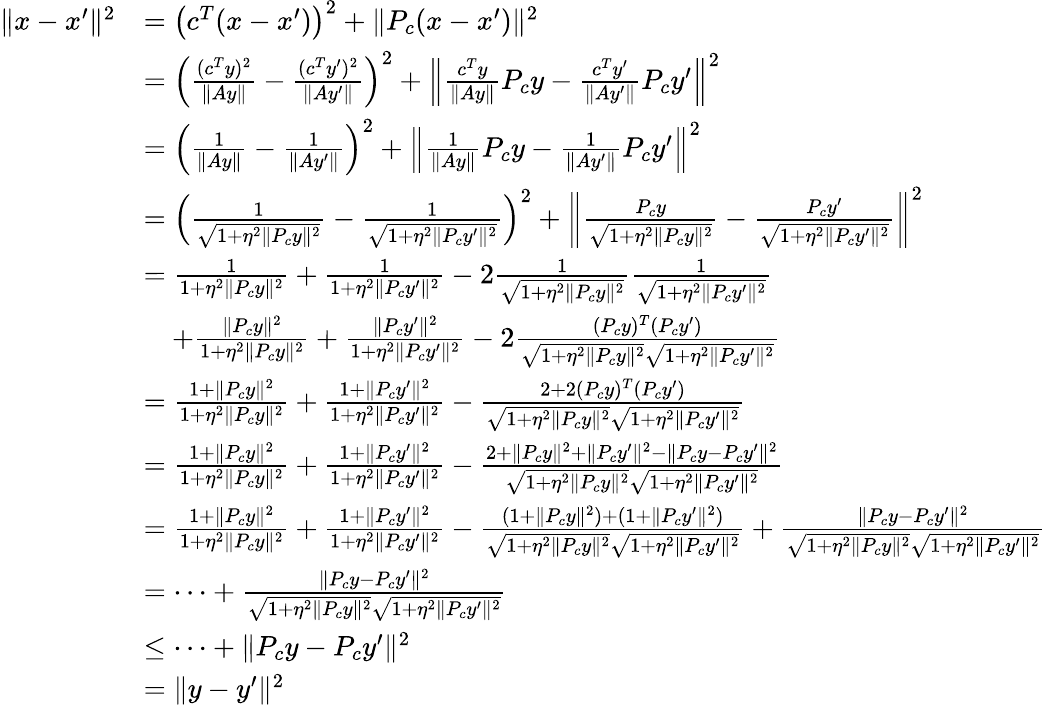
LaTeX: \begin{array}{rl}{\| x-x^{\prime}\| ^{2}}&{=\left(c^{T}(x-x^{\prime})\right)^{2}+\| P_{c}(x-x^{\prime})\| ^{2}}\\ &{=\left(\frac{(c^{T}y)^{2}}{\| Ay\| }-\frac{(c^{T}y^{\prime})^{2}}{\| Ay^{\prime}\| }\right)^{2}+\left\| \frac{c^{T}y}{\| Ay\| }P_{c}y-\frac{c^{T}y^{\prime}}{\| Ay^{\prime}\| }P_{c}y^{\prime}\right\| ^{2}}\\ &{=\left(\frac{1}{\| Ay\| }-\frac{1}{\| Ay^{\prime}\| }\right)^{2}+\left\| \frac{1}{\| Ay\| }P_{c}y-\frac{1}{\| Ay^{\prime}\| }P_{c}y^{\prime}\right\| ^{2}}\\ &{=\left(\frac{1}{\sqrt{1+\eta^{2}\| P_{c}y\| ^{2}}}-\frac{1}{\sqrt{1+\eta^{2}\| P_{c}y^{\prime}\| ^{2}}}\right)^{2}+\left\| \frac{P_{c}y}{\sqrt{1+\eta^{2}\| P_{c}y\| ^{2}}}-\frac{P_{c}y^{\prime}}{\sqrt{1+\eta^{2}\| P_{c}y^{\prime}\| ^{2}}}\right\| ^{2}}\\ &{=\frac{1}{1+\eta^{2}\| P_{c}y\| ^{2}}+\frac{1}{1+\eta^{2}\| P_{c}y^{\prime}\| ^{2}}-2\frac{1}{\sqrt{1+\eta^{2}\| P_{c}y\| ^{2}}}\frac{1}{\sqrt{1+\eta^{2}\| P_{c}y^{\prime}\| ^{2}}}}\\ &{\quad+\frac{\| P_{c}y\| ^{2}}{1+\eta^{2}\| P_{c}y\| ^{2}}+\frac{\| P_{c}y^{\prime}\| ^{2}}{1+\eta^{2}\| P_{c}y^{\prime}\| ^{2}}-2\frac{(P_{c}y)^{T}(P_{c}y^{\prime})}{\sqrt{1+\eta^{2}\| P_{c}y\| ^{2}}\sqrt{1+\eta^{2}\| P_{c}y^{\prime}\| ^{2}}}}\\ &{=\frac{1+\| P_{c}y\| ^{2}}{1+\eta^{2}\| P_{c}y\| ^{2}}+\frac{1+\| P_{c}y^{\prime}\| ^{2}}{1+\eta^{2}\| P_{c}y^{\prime}\| ^{2}}-\frac{2+2(P_{c}y)^{T}(P_{c}y^{\prime})}{\sqrt{1+\eta^{2}\| P_{c}y\| ^{2}}\sqrt{1+\eta^{2}\| P_{c}y^{\prime}\| ^{2}}}}\\ &{=\frac{1+\| P_{c}y\| ^{2}}{1+\eta^{2}\| P_{c}y\| ^{2}}+\frac{1+\| P_{c}y^{\prime}\| ^{2}}{1+\eta^{2}\| P_{c}y^{\prime}\| ^{2}}-\frac{2+\| P_{c}y\| ^{2}+\| P_{c}y^{\prime}\| ^{2}-\| P_{c}y-P_{c}y^{\prime}\| ^{2}}{\sqrt{1+\eta^{2}\| P_{c}y\| ^{2}}\sqrt{1+\eta^{2}\| P_{c}y^{\prime}\| ^{2}}}}\\ &{=\frac{1+\| P_{c}y\| ^{2}}{1+\eta^{2}\| P_{c}y\| ^{2}}+\frac{1+\| P_{c}y^{\prime}\| ^{2}}{1+\eta^{2}\| P_{c}y^{\prime}\| ^{2}}-\frac{(1+\| P_{c}y\| ^{2})+(1+\| P_{c}y^{\prime}\| ^{2})}{\sqrt{1+\eta^{2}\| P_{c}y\| ^{2}}\sqrt{1+\eta^{2}\| P_{c}y^{\prime}\| ^{2}}}+\frac{\| P_{c}y-P_{c}y^{\prime}\| ^{2}}{\sqrt{1+\eta^{2}\| P_{c}y\| ^{2}}\sqrt{1+\eta^{2}\| P_{c}y^{\prime}\| ^{2}}}}\\ &{=\dots+\frac{\| P_{c}y-P_{c}y^{\prime}\| ^{2}}{\sqrt{1+\eta^{2}\| P_{c}y\| ^{2}}\sqrt{1+\eta^{2}\| P_{c}y^{\prime}\| ^{2}}}}\\ &{\leq\dots+\| P_{c}y-P_{c}y^{\prime}\| ^{2}}\\ &{=\| y-y^{\prime}\| ^{2}}\end{array}